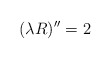
\begin{align*}(\lambda R)^{\prime \prime} = 2\end{align*}